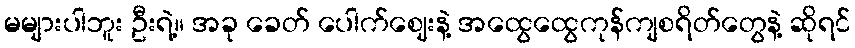
မများပါဘူး ဦးရဲ့။ အခု ခေတ် ပေါက်ဈေးနဲ့ အထွေထွေကုန်ကျစရိတ်တွေနဲ့ ဆိုရင်